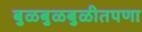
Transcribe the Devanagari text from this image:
बुळबुळबुळीतपणा